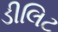
ડીલિટ